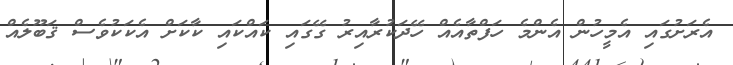
އެރަށުގައި އެމީހުން އެންމެ ހަފްތާއެއް ހޭދަކުރާއިރު ގޭގައި ކައްކައި ކާކަށް އެކަކުވެސް ޤަބޫލެއް